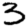
Digit: 3